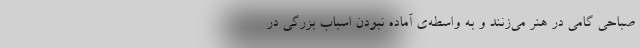
صباحی گامی در هنر می‌زنند و به واسطه‌ی آماده نبودنِ اسباب بزرگی در